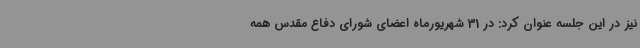
نیز در این جلسه عنوان کرد: در 31 شهریورماه اعضای شورای دفاع مقدس همه